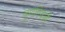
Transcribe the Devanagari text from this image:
चूर्णाऐवजी